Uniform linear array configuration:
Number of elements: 48
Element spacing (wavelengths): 0.75
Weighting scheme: hann
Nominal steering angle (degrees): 45
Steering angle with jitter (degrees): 44.853
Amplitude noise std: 0.05
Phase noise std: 0.05

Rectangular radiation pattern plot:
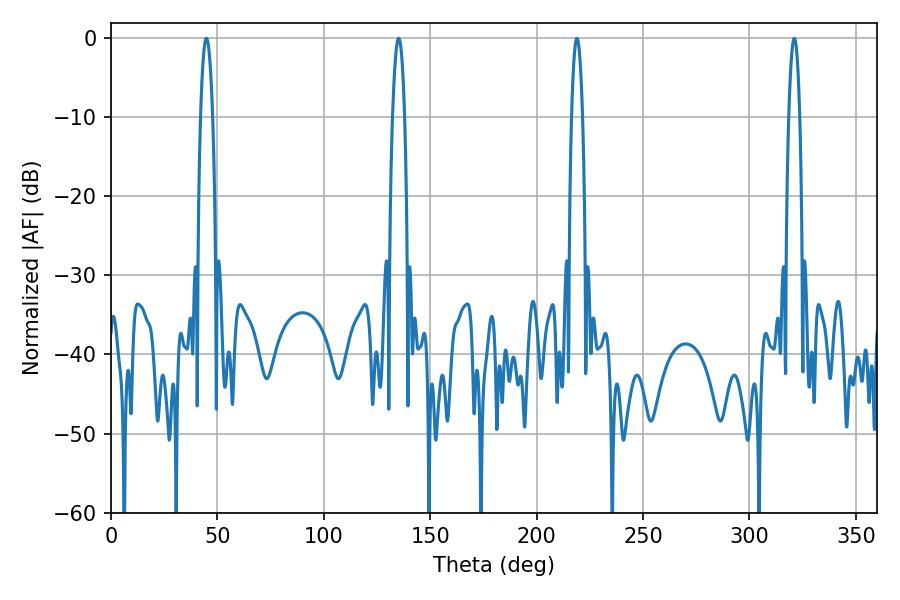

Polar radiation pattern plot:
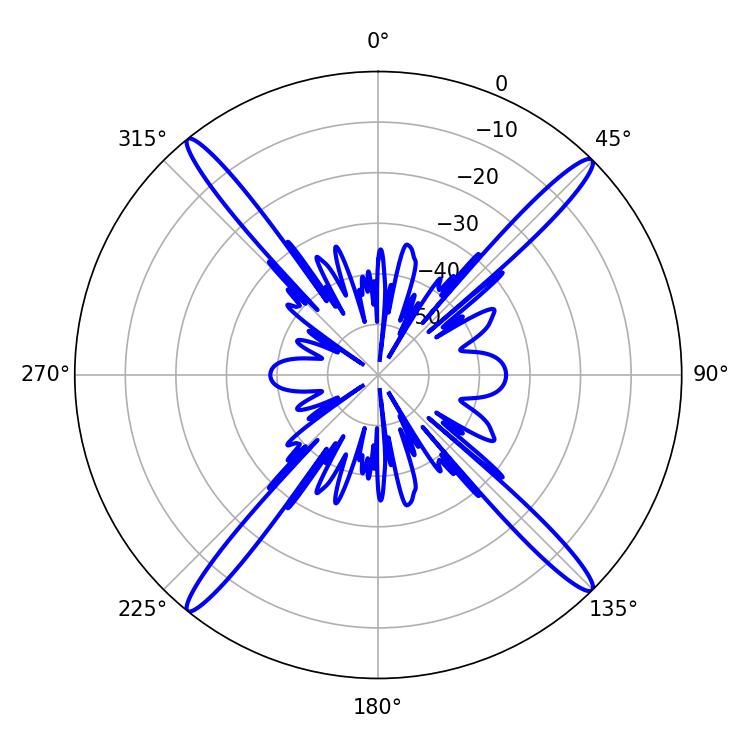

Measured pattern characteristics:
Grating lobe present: TRUE
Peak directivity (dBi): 20.996
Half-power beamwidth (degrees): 3.06
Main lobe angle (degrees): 135.18